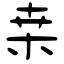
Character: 桒